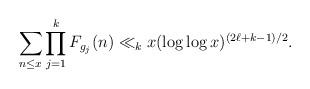
LaTeX: \begin{align*}\sum_{n \leq x} \prod_{j=1}^k F_{g_j}(n) \ll_k x (\log\log x)^{(2\ell + k - 1)/2}.\end{align*}